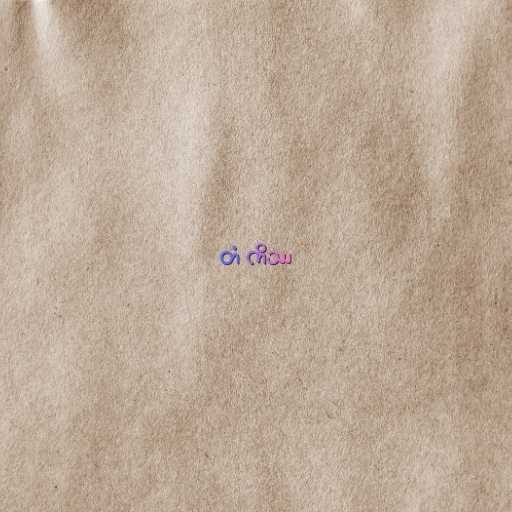
တံ ကိဿ